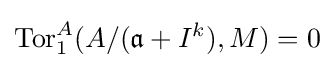
\operatorname {Tor} _{1}^{A}(A/({\mathfrak {a}}+I^{k}),M)=0